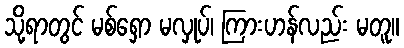
သို့ရာတွင် မစ်ရှော မလှုပ်၊ ကြားဟန်လည်း မတူ။